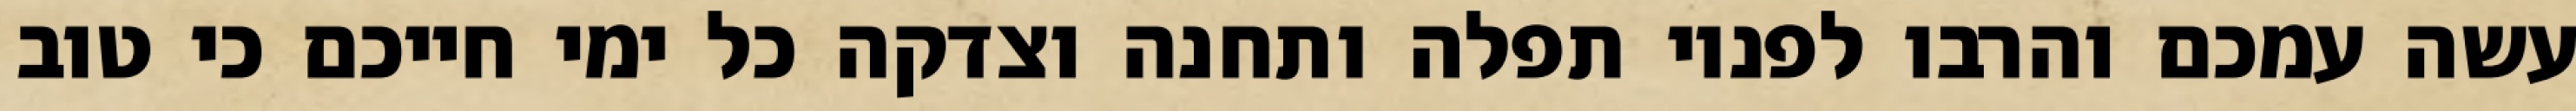
עשה עמכם והרבו לפניו תפלה ותחנה וצדקה כל ימי חייכם כי טוב